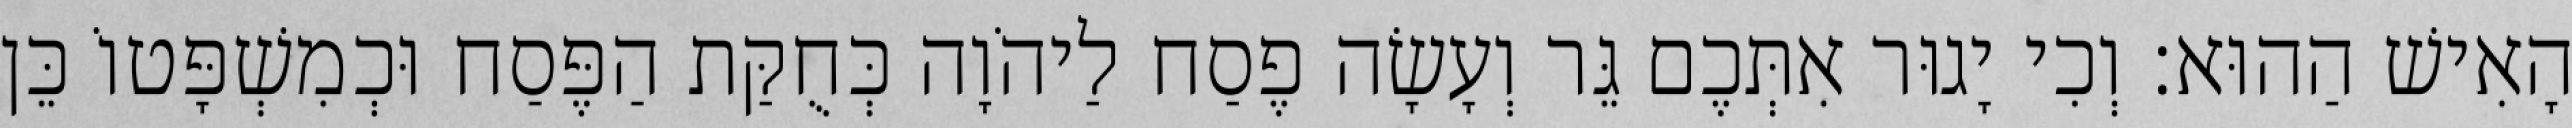
הָאִישׁ הַהוּא׃ וְכִי יָגוּר אִתְּכֶם גֵּר וְעָשָׂה פֶסַח לַיהֹוָה כְּחֻקַּת הַפֶּסַח וּכְמִשְׁפָּטוֹ כֵּן